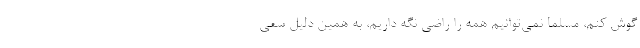
گوش کنم، مسلما نمی‌توانیم همه را راضی نگه داریم، به همین دلیل سعی